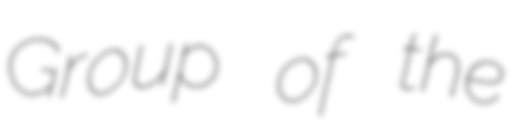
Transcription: Group of the